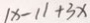
\vert x - 1 \vert + 3 x